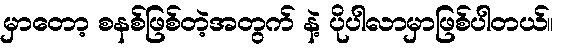
မှာတော့ စနစ်ဖြစ်တဲ့အတွက် နဲ့ ပိုပါလာမှာဖြစ်ပါတယ်။